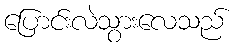
ပြောင်းလဲသွားလေသည်